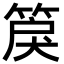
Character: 䈆